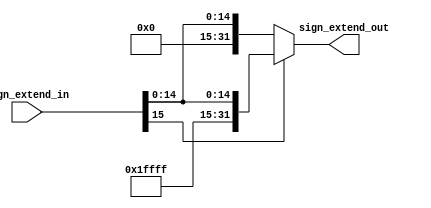
`timescale 1ns / 1ps

module SignExtend(sign_extend_out, sign_extend_in);

	output [31:0]sign_extend_out;
	reg [31:0]sign_extend_out;
	input [15:0]sign_extend_in; 

	always@(*)
	begin
		if(sign_extend_in[15] == 0)begin
			sign_extend_out = {16'b0000000000000000, sign_extend_in};
		end
		else begin
			sign_extend_out = {16'b1111111111111111, sign_extend_in};
		end
	end


endmodule